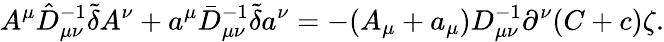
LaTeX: A^{\mu}\hat{D}_{\mu\nu}^{-1}\tilde{\delta}A^{\nu}+a^{\mu}\bar{D}_{\mu\nu}^{-1}\tilde{\delta}a^{\nu}=-(A_{\mu}+a_{\mu})D_{\mu\nu}^{-1}\partial^{\nu}(C+c)\zeta.